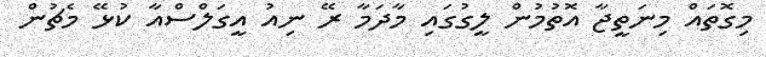
މިގޮތައް މިނަތީޖާ އޮތުމުން ލީގުގައި މާދަމާ ރޭ ނިއު އީގަލްސްއާ ކުޅޭ މެޗުން